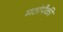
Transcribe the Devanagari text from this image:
मठांपैकी